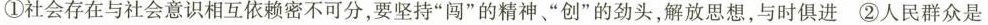
①社会存在与社会意识相互依赖密不可分，要坚持”闯”的精神、”创”的劲头，解放思想，与时俱进 ②人民群众是